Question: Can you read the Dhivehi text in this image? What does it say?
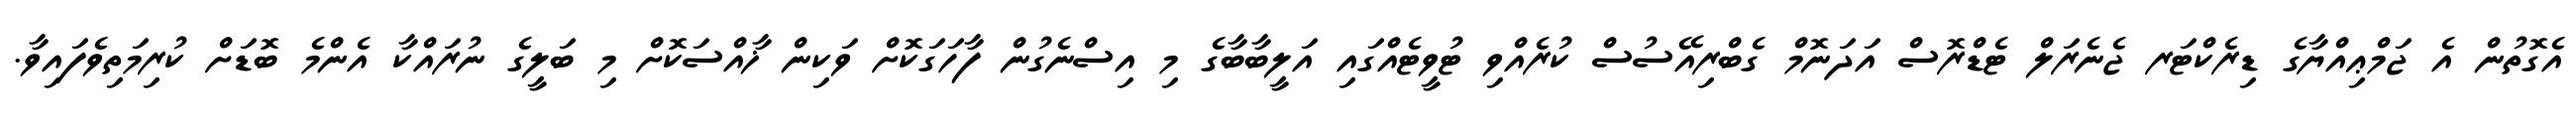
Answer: އެގޮތުން އެ ޖަމްޢިއްޔާގެ ޑިރެކްޓަރ ޖެނެރަލް ޓެޑްރޮސް އަދަނޮމް ގެބްރިއޭސުސް ކުރެއްވި ޓުވީޓެއްގައި އަލީބާބާގެ މި އިސްނެގުން ފާހަގަކޮށް ވަކިން ޚާއްސަކޮށް މި ބަލީގެ ނުރައްކާ އެންމެ ބޮޑަށް ކުރިމަތިވެފައިވާ.